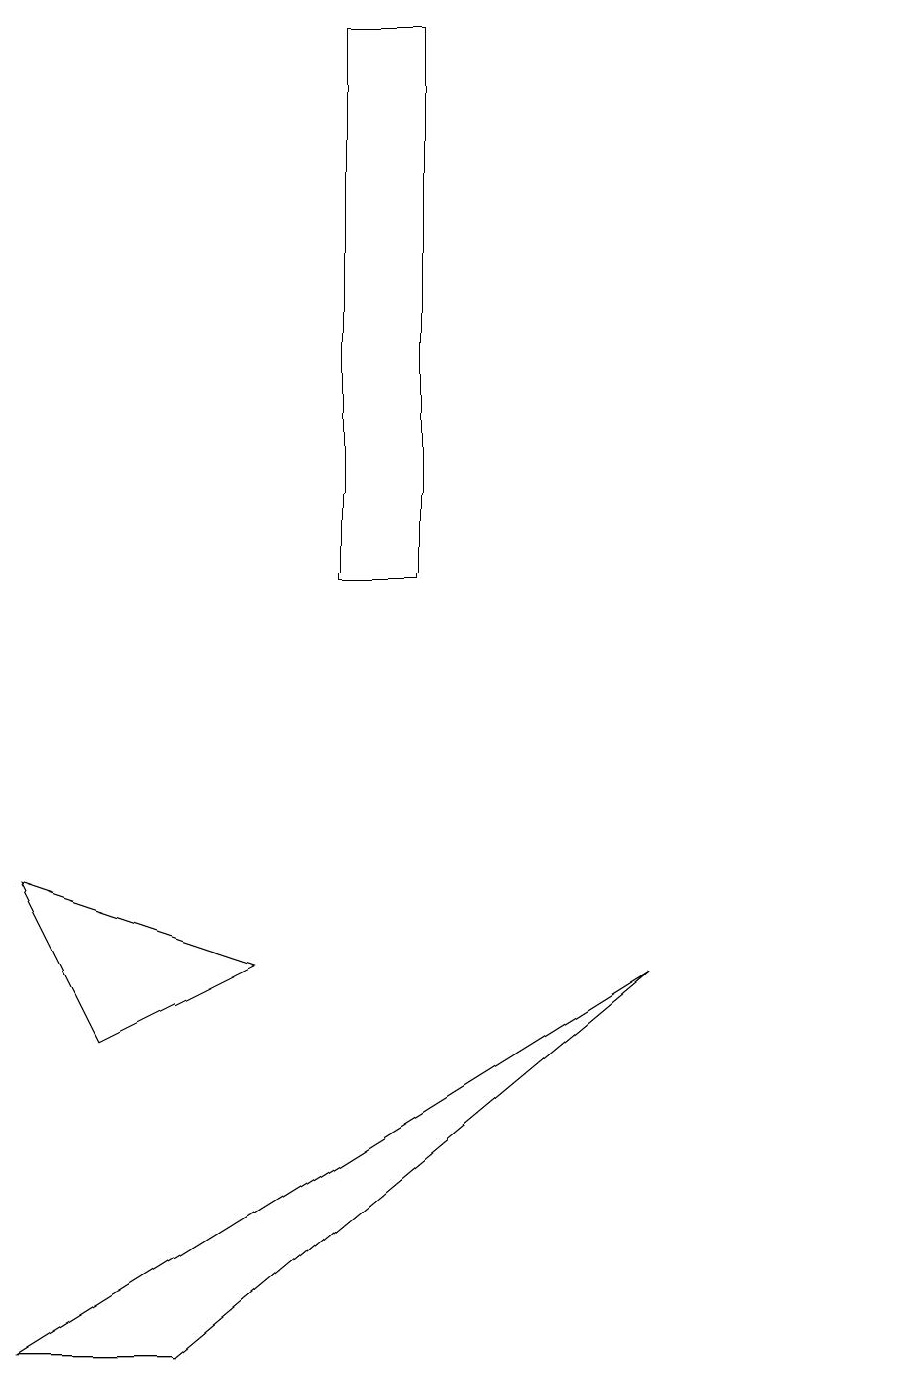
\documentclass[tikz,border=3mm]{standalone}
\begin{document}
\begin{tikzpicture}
\draw (3,2) -- (1,2) -- (9,7) -- cycle;
\draw (4,7) -- (2,6) -- (1,8) -- cycle;
\draw (5,12) rectangle (6,19);
\draw (12,11) circle (0);
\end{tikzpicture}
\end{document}